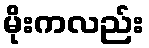
မိုးကလည်း